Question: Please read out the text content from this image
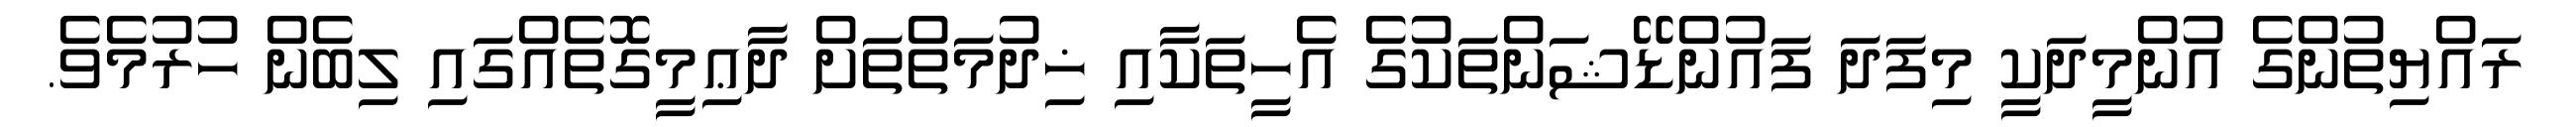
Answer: ރައްޔިތުންގެ އުންމީދަކީ މިފަދަ ފައުންޑޭޝަންތަކުގެ އެހީތަކާއި ޚިދުމަތްތަށް ދާޢިމީގޮތެއްގައި ލިބެން ހުރުމެވެ.